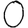
Digit: 0